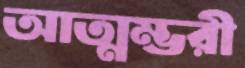
আত্মম্ভরী